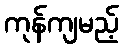
ကုန်ကျမည့်